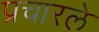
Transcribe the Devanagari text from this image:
प्रचारले